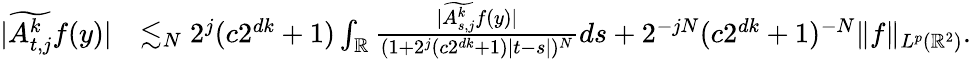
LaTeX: \begin{array}{rl}{|\widetilde{A_{t,j}^{k}}f(y)|}&{\lesssim_{N}2^{j}(c2^{dk}+1)\int_{\mathbb{R}}\frac{|\widetilde{A_{s,j}^{k}}f(y)|}{(1+2^{j}(c2^{dk}+1)|t-s|)^{N}}ds+2^{-jN}(c2^{dk}+1)^{-N}\| f\| _{L^{p}(\mathbb{R}^{2})}.}\end{array}